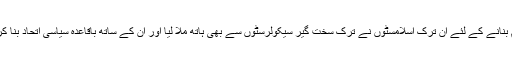
اردوان کو ناکام بنانے کے لئے ان ترک اسلامسٹوں نے ترک سخت گیر سیکولرسٹوں سے بھی ہاتھ ملا لیا اور ان کے ساتھ باقاعدہ سیاسی اتحاد بنا کر یہ الیکشن لڑا۔